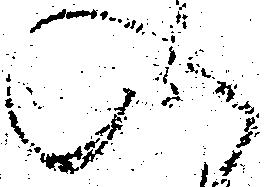
入